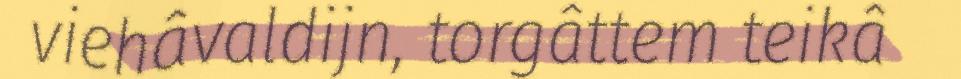
viehâvaldijn, torgâttem teikâ